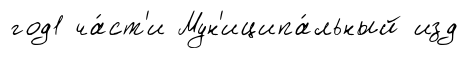
год1 ча́ст'и Мун'иципа́льный изд